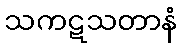
သကဋသတာနံ